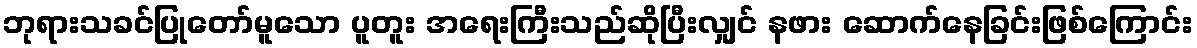
ဘုရားသခင်ပြုတော်မူသော ပူတူး အရေးကြီးသည်ဆိုပြီးလျှင် နဖား ဆောက်နေခြင်းဖြစ်ကြောင်း